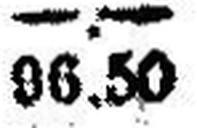
96.50